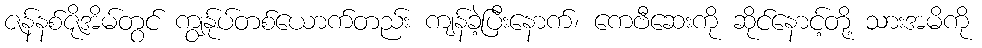
ဇန်နစ်ဇိုအိမ်တွင် ကျွန်ုပ်တစ်ယောက်တည်း ကျန်ခဲ့ပြီးနောက်၊ ကေဗီဆေးကို ဆိုင်နောင့်တို့ သားအမိကို